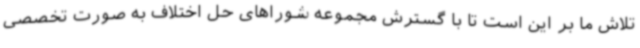
تلاش ما بر این است تا با گسترش مجموعه شوراهای حل اختلاف به صورت تخصصی